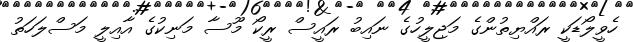
ހެވީލޯޑަކީ ރައްޔިތުންގެ މަޖިލީހުގެ ނައިބު ރައީސް ރީކޯ މޫސާ މަނިކުގެ އާއިލީ މަސްލަހަތު